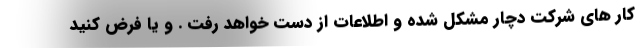
کار های شرکت دچار مشکل شده و اطلاعات از دست خواهد رفت . و یا فرض کنید